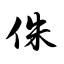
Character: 侏